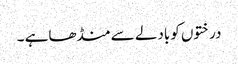
درختوں کوبادلے سے منڈھاہے ۔